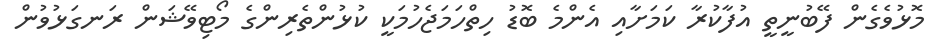
މޮޅުވެގެން ފޭބުނީތީ އުފާކުރާ ކަމަށާއި އެންމެ ބޮޑު ހިތްހަމަޖެހުމަކީ ކުޅުންތެރިންގެ މޯޓިވޭޝަން ރަނގަޅުވުން